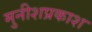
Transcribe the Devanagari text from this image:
मुनीशप्रकाश